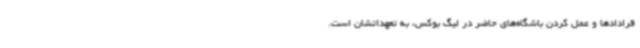
قرادادها و عمل کردن باشگاه‌های حاضر در لیگ بوکس، به تعهداتشان است.